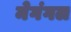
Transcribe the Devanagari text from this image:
मेगंगल